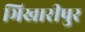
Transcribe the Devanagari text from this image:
भिखारीपुर